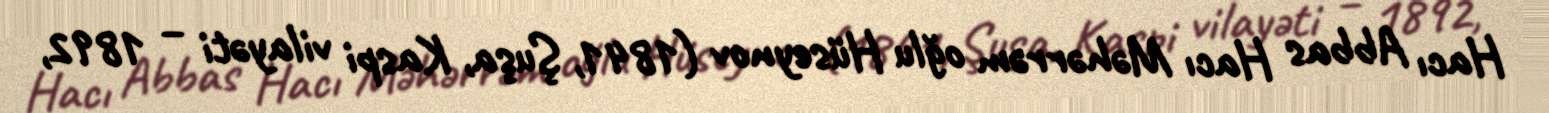
Hacı Abbas Hacı Məhərrəm oğlu Hüseynov (1841, Şuşa, Kaspi vilayəti – 1892,